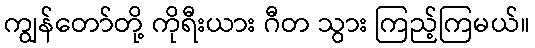
ကျွန်တော်တို့ ကိုရီးယား ဂီတ သွား ကြည့်ကြမယ်။